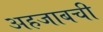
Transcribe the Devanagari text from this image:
अहजाबची